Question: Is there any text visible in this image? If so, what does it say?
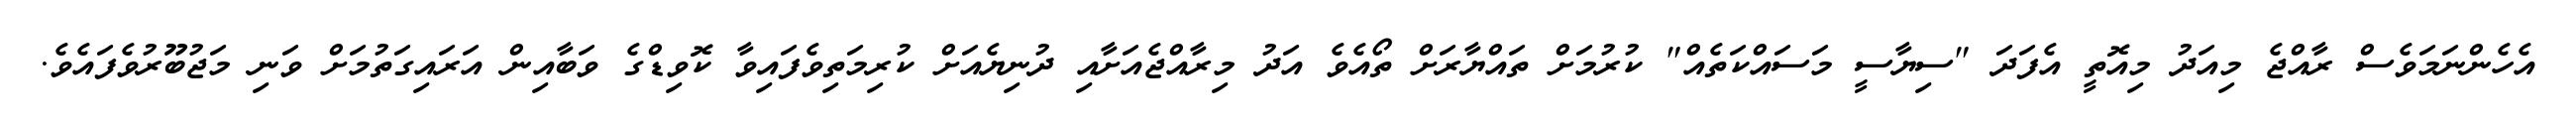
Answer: އެހެންނަމަވެސް ރާއްޖެ މިއަދު މިއޮތީ އެފަދަ "ސިޔާސީ މަސައްކަތެއް" ކުރުމަށް ތައްޔާރަށް ތޯއެވެ އަދު މިރާއްޖެއަށާއި ދުނިޔެއަށް ކުރިމަތިވެފައިވާ ކޮވިޑްގެ ވަބާއިން އަރައިގަތުމަށް ވަނި މަޖުބޫރުވެފައެވެ.